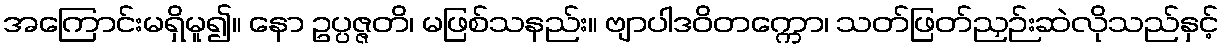
အကြောင်းမရှိမူ၍။ နော ဥပ္ပဇ္ဇတိ၊ မဖြစ်သနည်း။ ဗျာပါဒဝိတက္ကော၊ သတ်ဖြတ်ညှဉ်းဆဲလိုသည်နှင့်